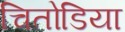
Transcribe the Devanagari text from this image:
चितोडिया